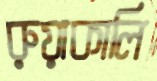
রুয়াকালি